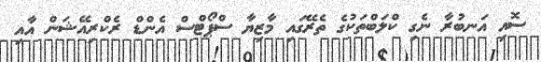
ސޮއި އަނބުރާ ނެގި ކްލަބްތަކުގެ ތެރޭގައި މާޒިޔާ ސްޕޯޓްސް އެންޑް ރެކްރިއޭޝަން އާއި